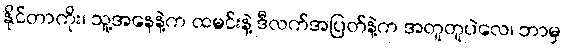
နိုင်တာကိုး၊ သူ့အနေနဲ့က ထမင်းနဲ့ ဒီလက်အပြတ်နဲ့က အတူတူပဲလေ၊ ဘာမှ